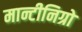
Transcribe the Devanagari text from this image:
मान्टीनिग्रो